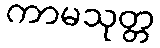
ကာမသုတ္တ